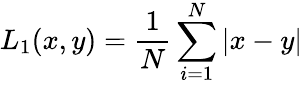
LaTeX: L_{1}(x,y)=\frac{1}{N}\sum_{i=1}^{N}\left|x-y\right|